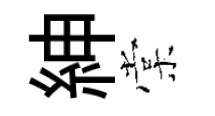
紳棠